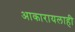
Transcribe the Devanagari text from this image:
आकारायलाही